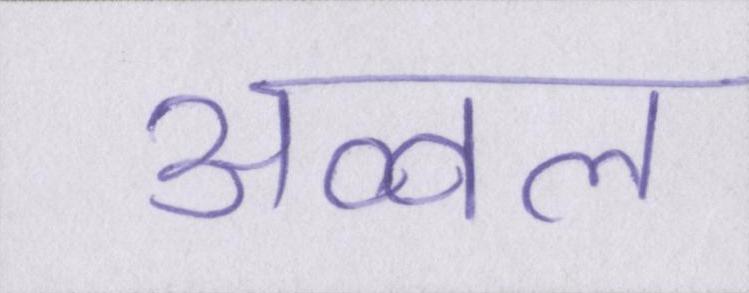
अव्वल